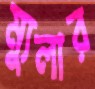
ম্যুলার